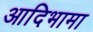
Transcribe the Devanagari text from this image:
आदिभामा